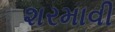
શરમાવી